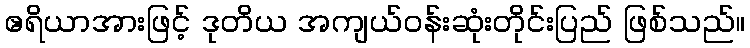
ဧရိယာအားဖြင့် ဒုတိယ အကျယ်ဝန်းဆုံးတိုင်းပြည် ဖြစ်သည်။